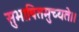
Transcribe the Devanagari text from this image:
सुभाषितमुच्यते।।